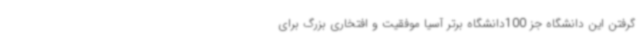
گرفتن این دانشگاه جز 100دانشگاه برتر آسیا موفقیت و افتخاری بزرگ برای